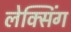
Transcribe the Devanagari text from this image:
लेक्सिंग